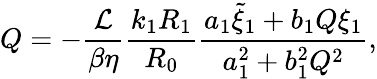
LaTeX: Q=-\frac{\mathcal{L}}{\beta\eta}\frac{k_{1}R_{1}}{R_{0}}\frac{a_{1}\tilde{\xi}_{1}+b_{1}Q\xi_{1}}{a_{1}^{2}+b_{1}^{2}Q^{2}},